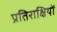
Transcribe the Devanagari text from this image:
प्रतिराक्षियों